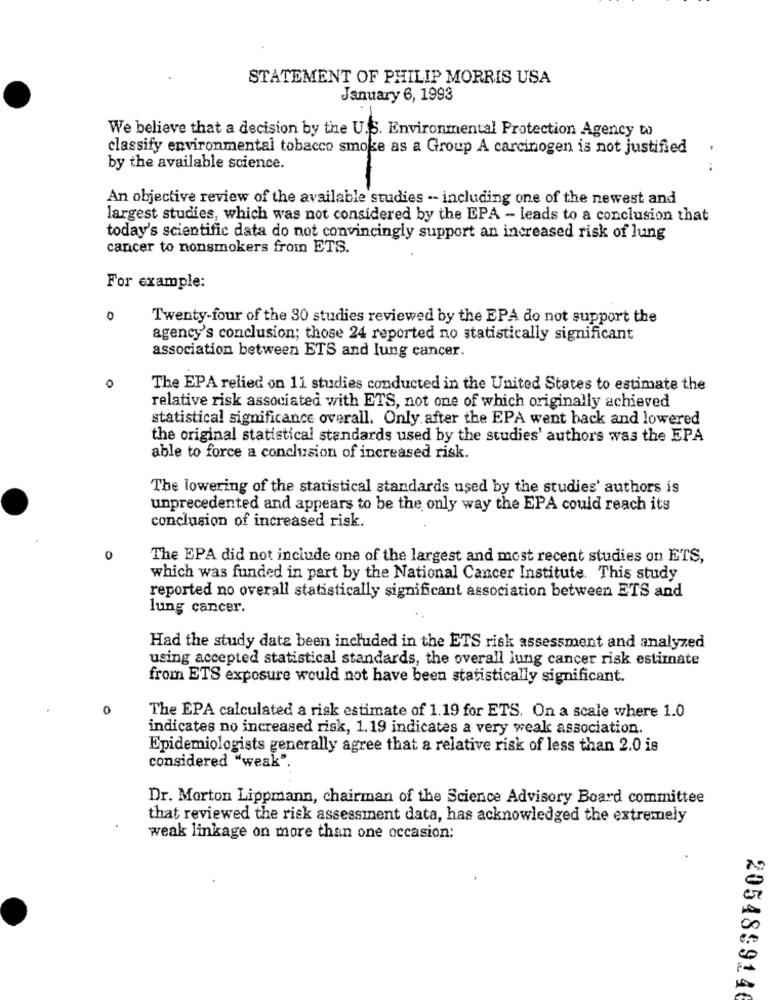
STATEMENT OF PHILIP MORRIS USA
January 6, 1993
We believe that a decision by the U.S. Environmental Protection Agency wo
classify environmental tobacco smoke as a Group A carcinogen is not justified
by the available science.
An objective review of the available studies -- including one of the newest and
largest studies, which was not considered by the EPA - leads to a conclusion that
today's scientific data do not convincingly support an increased risk of lung
cancer to nonsmokers from ETS.
For example:
0
Twenty-four of the 30 studies reviewed by the EPA do not support the
agency's conclusion; those 24 reported no statistically significant
association between ETS and lung cancer.
0
The EPA relied on 11 studies conducted in the United States to estimate the
relative risk associated with ETS, not one of which originally achieved
statistical significance overall. Only after the EPA went back and lowered
the original statistical standards used by the studies' authors was the EPA
able to force a conclusion of increased risk.
The lowering of the statistical standards used by the studies' authors is
unprecedented and appears to be the only way the EPA could reach its
conclusion of increased risk.
0
The EPA did not include one of the largest and most recent studies on ETS,
which was funded in part by the National Cancer Institute. This study
reported no overall statistically significant association between ETS and
lung cancer.
Had the study date been included in the ETS risk assessment and analyzed
using accepted statistical standards, the overall lung cancer risk estimate
from ETS exposure would not have been statistically significant.
0
The EPA calculated a risk estimate of 1.19 for ETS. On a scale where 1.0
indicates no increased risk, 1.19 indicates a very weak association.
Epidemiologists generally agree that a relative risk of less than 2.0 is
considered "weak".
Dr. Morton Lippmann, chairman of the Science Advisory Board committee
that reviewed the risk assessment data, has acknowledged the extremely
weak linkage on more than one occasion:
205485914